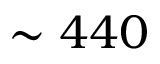
\sim 4 4 0